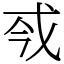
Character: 𢦟